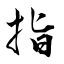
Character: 指